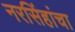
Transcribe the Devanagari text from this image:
नरसिंहांचा